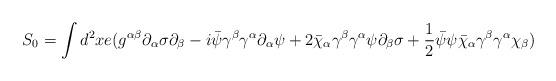
LaTeX: \begin{align*}S_0=\int d^2 xe(g^{\alpha\beta}\partial_\alpha\sigma\partial_\beta-i\bar\psi\gamma^\beta\gamma^\alpha\partial_\alpha\psi+2\bar\chi_\alpha\gamma^\beta\gamma^\alpha\psi\partial_\beta\sigma+\frac{1}{2}\bar\psi\psi\bar\chi_\alpha\gamma^\beta\gamma^\alpha\chi_\beta)\end{align*}